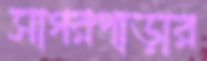
সাগরপাড়ার